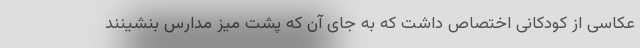
عکاسی از کودکانی اختصاص داشت که به جای آن که پشت میز مدارس بنشینند